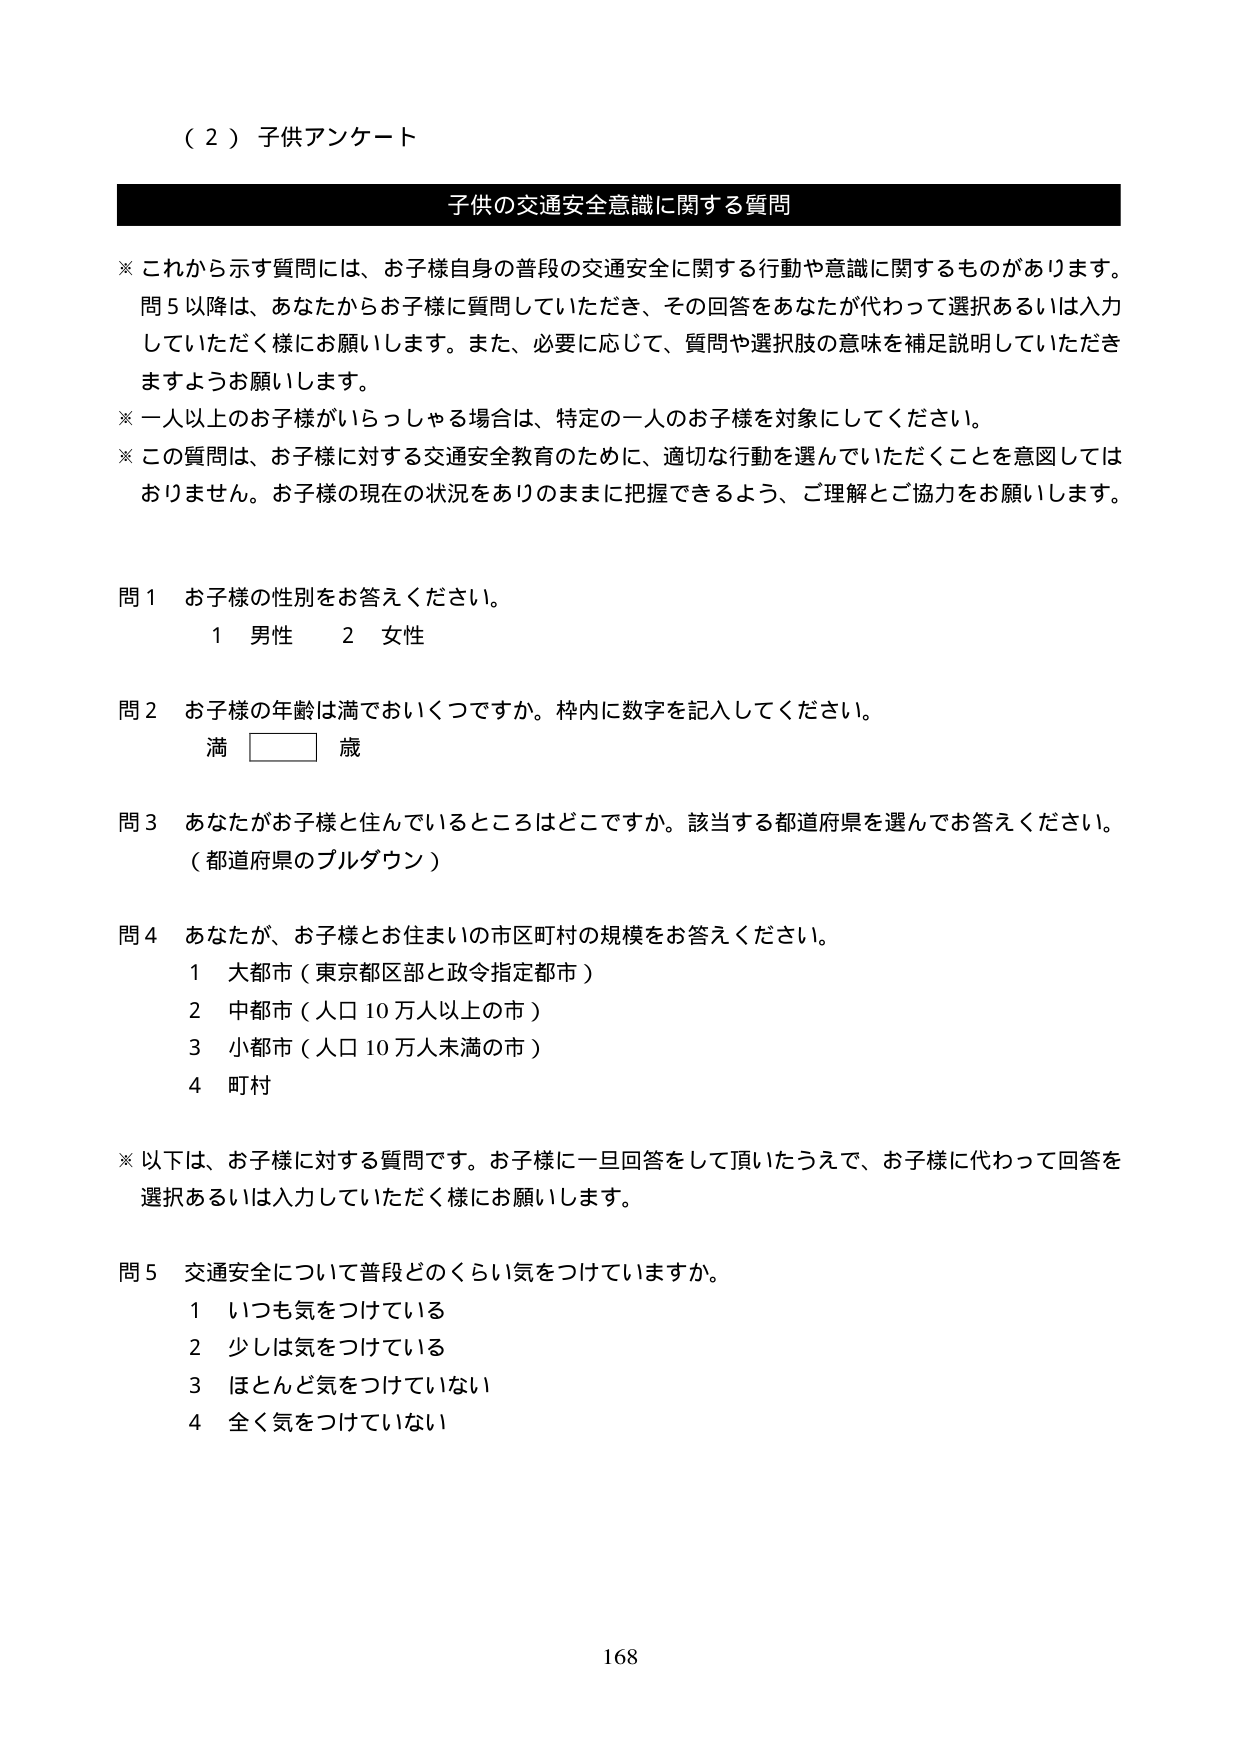
（２）子供アンケート

子供の交通安全意識に関する質問

※ これから示す質問には、お子様自身の普段の交通安全に関する行動や意識に関するものがあります。問５以降は、あなたからお子様に質問していただき、その回答をあなたが代わって選択あるいは入力していただく様にお願いします。また、必要に応じて、質問や選択肢の意味を補足説明していただきますようお願いします。

※ 一人以上のお子様がいらっしゃる場合は、特定の一人のお子様を対象にしてください。

※ この質問は、お子様に対する交通安全教育のために、適切な行動を選んでいただくことを意図してはおりません。お子様の現在の状況をありのままに把握できるよう、ご理解とご協力をお願いします。

問１ お子様の性別をお答えください。
　　１ 男性　　２ 女性

問２ お子様の年齢は満でおいくつですか。枠内に数字を記入してください。
　　満 □□ 歳

問３ あなたがお子様と住んでいるところはどこですか。該当する都道府県を選んでお答えください。
　　（都道府県のプルダウン）

問４ あなたが、お子様とお住まいの市区町村の規模をお答えください。
　　１ 大都市（東京都区部と政令指定都市）
　　２ 中都市（人口10万人以上の市）
　　３ 小都市（人口10万人未満の市）
　　４ 町村

※ 以下は、お子様に対する質問です。お子様に一旦回答をして頂いたうえで、お子様に代わって回答を選択あるいは入力していただく様にお願いします。

問５ 交通安全について普段どのくらい気をつけていますか。
　　１ いつも気をつけている
　　２ 少しは気をつけている
　　３ ほとんど気をつけていない
　　４ 全く気をつけていない

168